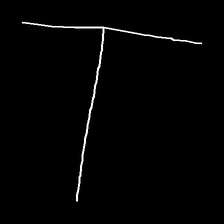
Glyph: column